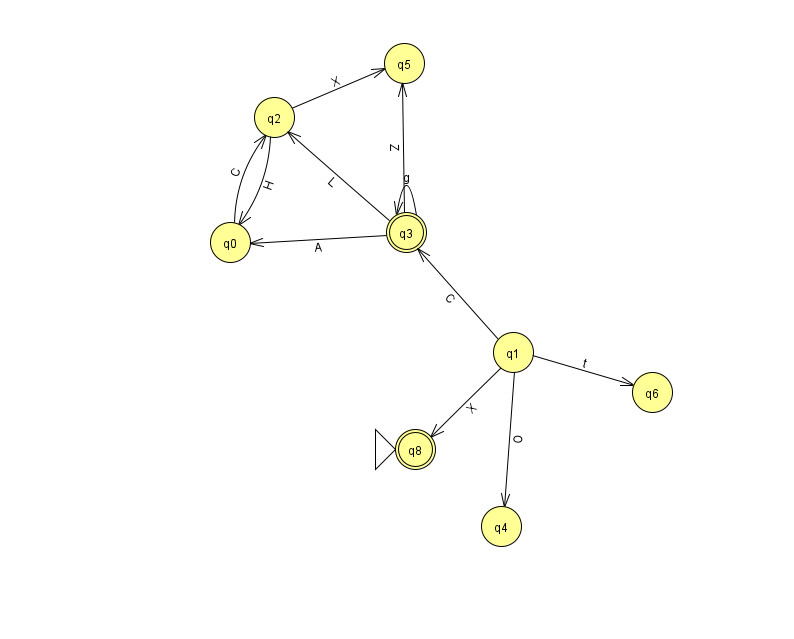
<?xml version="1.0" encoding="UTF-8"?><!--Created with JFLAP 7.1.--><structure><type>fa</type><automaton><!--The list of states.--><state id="0" name="q0"><x>230.0</x><y>229.0</y></state><state id="1" name="q1"><x>513.0</x><y>339.0</y></state><state id="2" name="q2"><x>274.0</x><y>104.0</y></state><state id="3" name="q3"><x>406.0</x><y>219.0</y><final/></state><state id="4" name="q4"><x>501.0</x><y>513.0</y></state><state id="5" name="q5"><x>404.0</x><y>50.0</y></state><state id="6" name="q6"><x>652.0</x><y>379.0</y></state><state id="8" name="q8"><x>415.0</x><y>436.0</y><initial/><final/></state><!--The list of transitions.--><transition><from>1</from><to>3</to><read>C</read></transition><transition><from>0</from><to>2</to><read>C</read></transition><transition><from>1</from><to>4</to><read>O</read></transition><transition><from>3</from><to>2</to><read>L</read></transition><transition><from>1</from><to>8</to><read>X</read></transition><transition><from>3</from><to>5</to><read>Z</read></transition><transition><from>3</from><to>3</to><read>g</read></transition><transition><from>2</from><to>0</to><read>H</read></transition><transition><from>2</from><to>5</to><read>X</read></transition><transition><from>3</from><to>0</to><read>A</read></transition><transition><from>1</from><to>6</to><read>t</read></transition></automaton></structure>